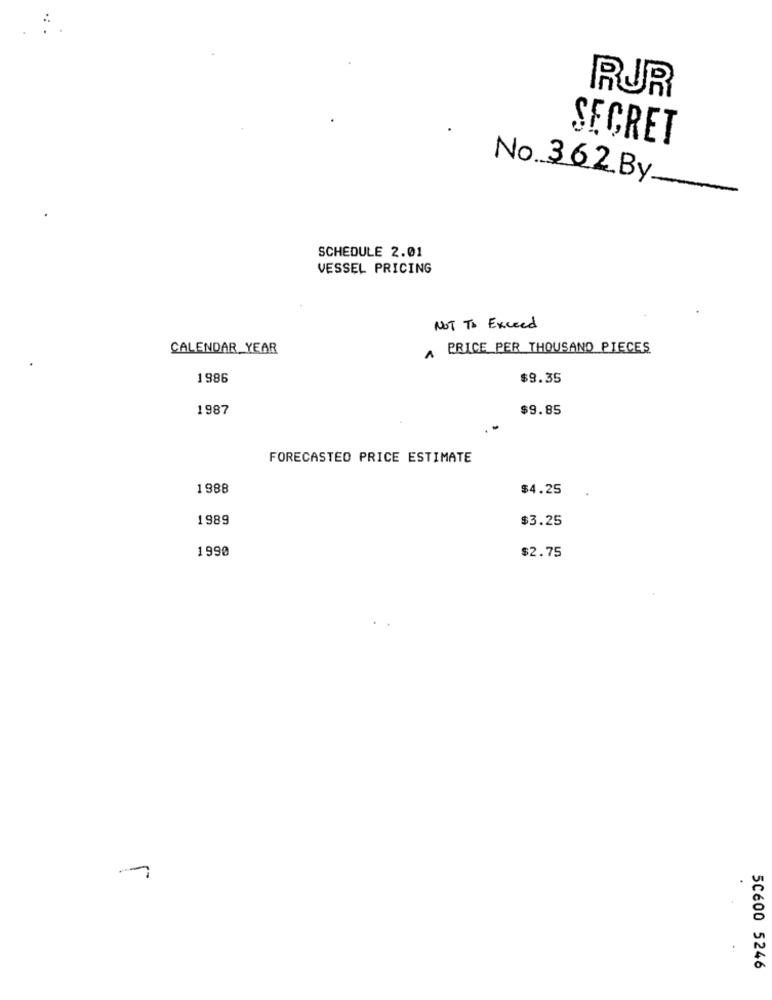
RUR
SECRET
No. 362 By.
SCHEDULE 2.01
VESSEL PRICING
NOT To Exceed
CALENDAR YEAR
A PRICE PER THOUSAND PIECES
1986
$9.35
1987
$9.85
FORECASTED PRICE ESTIMATE
1988
$4.25
1989
$3.25
1990
$2.75
50600 5246